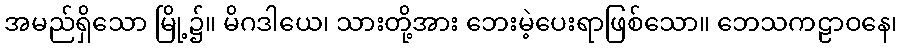
အမည်ရှိသော မြို့၌။ မိဂဒါယေ၊ သားတို့အား ဘေးမဲ့ပေးရာဖြစ်သော။ ဘေသကဠာဝနေ၊